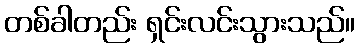
တစ်ခါတည်း ရှင်းလင်းသွားသည်။